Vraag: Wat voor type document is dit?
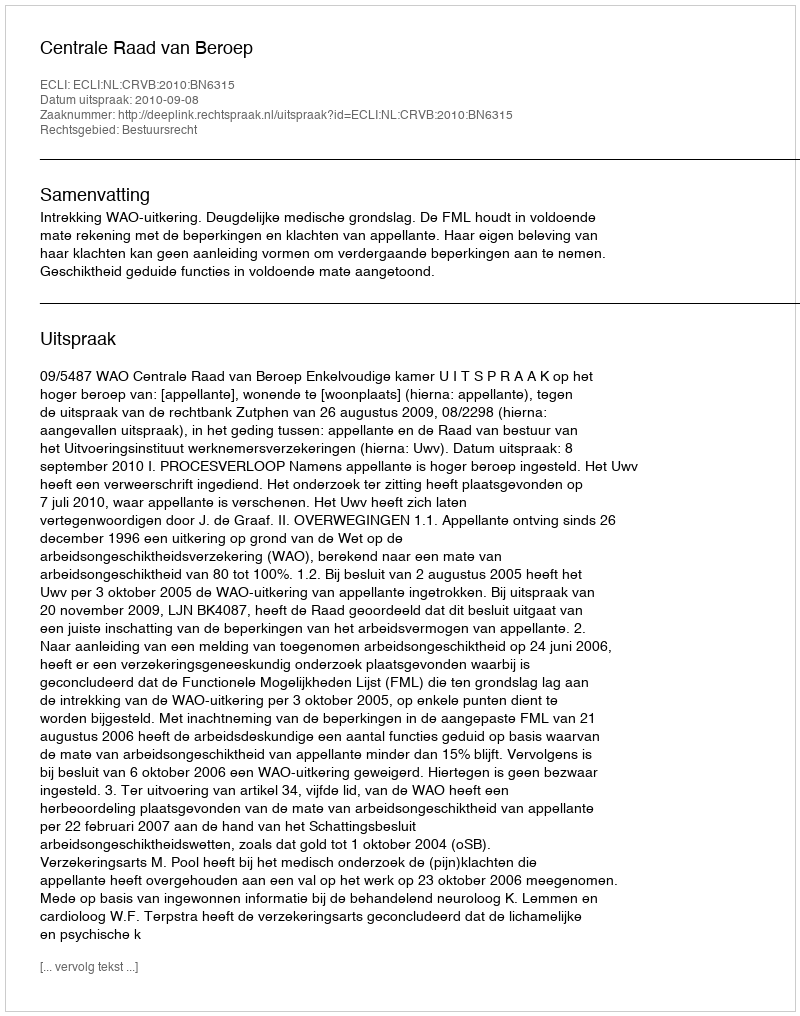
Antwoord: Uitspraak